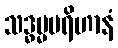
သဒ္ဓမ္မပရိဟာနံ